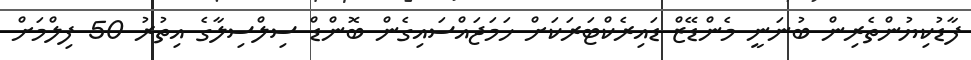
ފާޑުކިޔުންތެރިން ބުނަނީ މެންޑޭޒް ޑައިރެކްޓަރަކަށް ހަމަޖައްސައިގެން ބޮންޑް ސިލްސިލާގެ އިތުރު 50 ފިލްމަށް